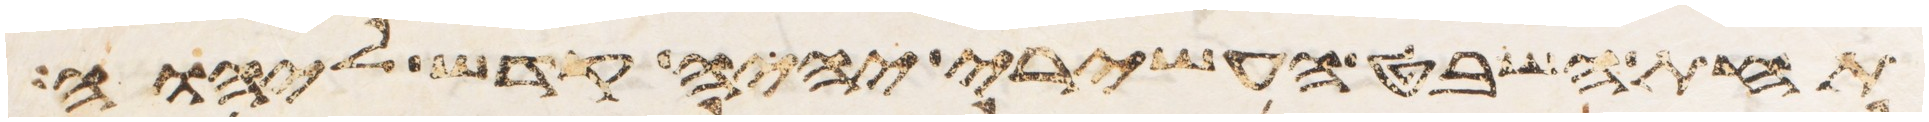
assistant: תחת השבט העשירי יהיה קדש ליהוה